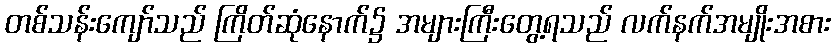
တစ်သန်းကျော်သည် ကြိတ်ဆုံနောက်၌ အများကြီးတွေ့ရသည် လက်နက်အမျိုးအစား